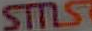
STILS